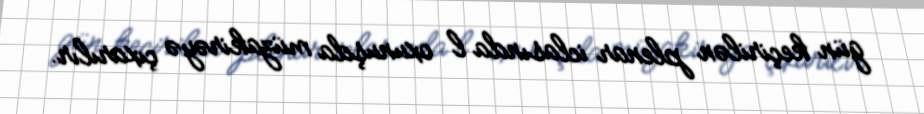
gün keçirilən plenar iclasında l oxunuşda müzakirəyə çıxarılır.